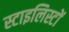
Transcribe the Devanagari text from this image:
स्टाइलिस्टों